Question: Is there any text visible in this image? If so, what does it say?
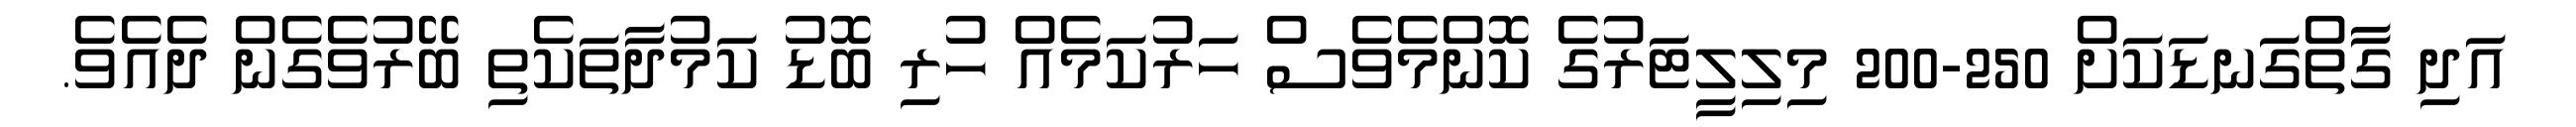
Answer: އަދި ގާތްގަނޑަކަށް 250-200 މިލިލީޓަރުގެ ކޮންމެވެސް ހަރުކަމެއް ހުރި ބޮޑު ކަމުދާތަކެތި ބޭރުވެގެން ދެއެވެ.